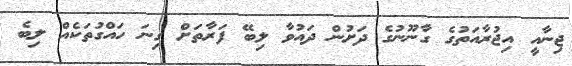
ޖިނާއީ އިޖުރާއަތުގެ ގާނޫނުގެ ދަށުން ދައުވާ ލިބޭ ފަރާތަށް ގިނަ ހައްގުތަކެއް ލިބެ